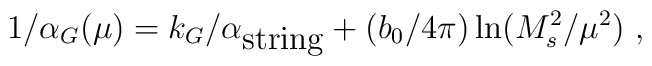
1/\alpha_G(\mu)= k_G/\alpha_{\mbox{string}} + ({b_0/{4\pi}}) \ln ({M_s^2/ \mu^2})~,